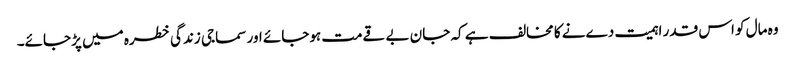
وہ مال کو اس قدر اہمیت دےنے کا مخالف ہے کہ جان بے قےمت ہوجائے اور سماجی زندگی خطرہ میں پڑجائے۔